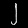
Digit: ၂